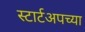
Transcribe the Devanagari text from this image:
स्टार्टअपच्या